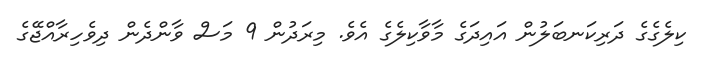
ކިލެގެގެ ދަރިކަނބަލުން އައިދަގެ މާވާކިލެގެ އެވެ. މިރަދުން 9 މަސް ވާންދެން ދިވެހިރާއްޖޭގެ